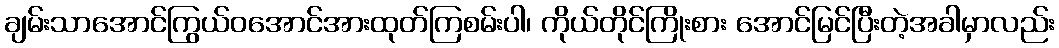
ချမ်းသာအောင်ကြွယ်ဝအောင်အားထုတ်ကြစမ်းပါ၊ ကိုယ်တိုင်ကြိုးစား အောင်မြင်ပြီးတဲ့အခါမှာလည်း